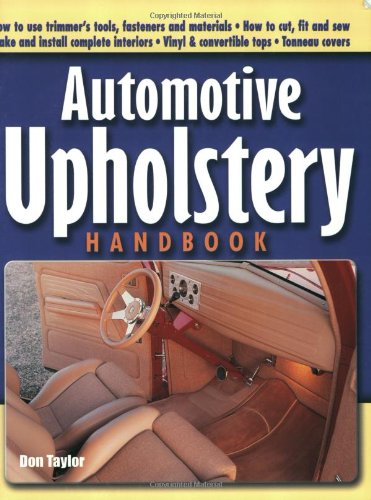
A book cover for Automotive Upholstery Handbook; Don Taylor; Engineering & Transportation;